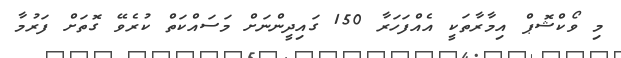
މި ވޯކްޝޮޕް އިމާރާތަކީ އެއްފަހަރާ 150 ގައިދީންނަށް މަސައްކަތް ކުރެވޭ ގޮތަށް ފަރުމާ